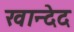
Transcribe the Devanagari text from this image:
खान्देद